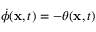
\dot { \phi } ( \mathbf { x } , t ) = - \theta ( \mathbf { x } , t )